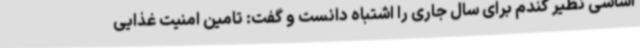
اساسی نظیر گندم برای سال جاری را اشتباه دانست و گفت: تامین امنیت غذایی